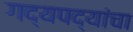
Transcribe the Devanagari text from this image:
गद्यपद्यांचा